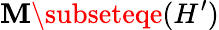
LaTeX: \mathbf{M}\subseteqe(H^{\prime})